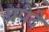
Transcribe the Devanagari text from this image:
प्रपेदे